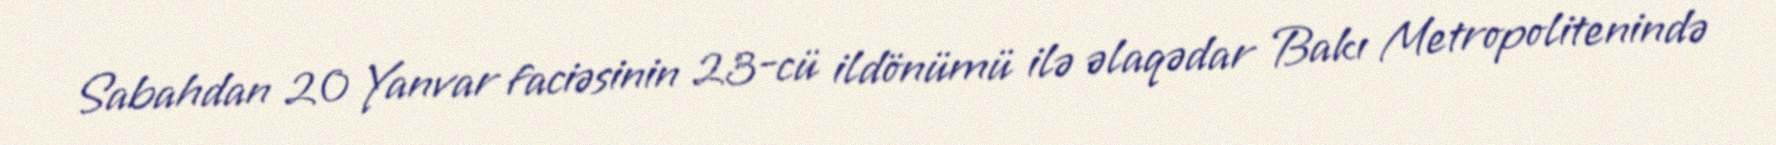
Sabahdan 20 Yanvar faciəsinin 23-cü ildönümü ilə əlaqədar Bakı Metropolitenində